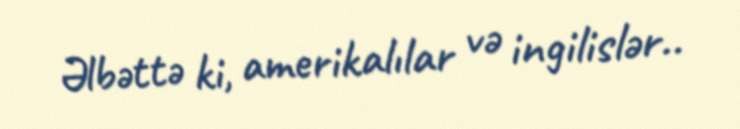
Əlbəttə ki, amerikalılar və ingilislər..